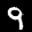
Label: 9